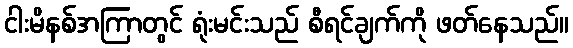
ငါးမိနစ်အကြာတွင် ရုံးမင်းသည် စီရင်ချက်ကို ဖတ်နေသည်။